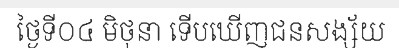
ថ្ងៃទី០៤ មិថុនា ទើបឃើញជនសង្ស័យ